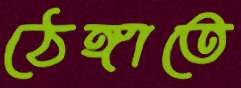
ঠেঙ্গাতে